Vaccination in Bombay 1889-1901 - 1889-1901
Year: 1889
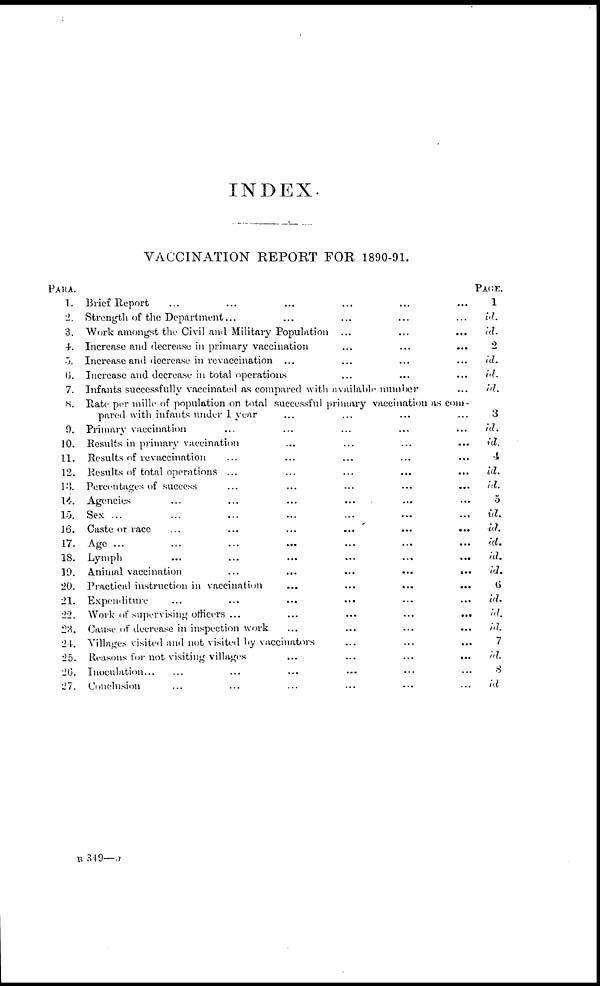
INDEX.
VACCINATION REPORT FOR 1890-91.
PARA.
1.
2
3.
4.
5.
6.
7.
8.
9.
10.
11.
12.
13.
14.
15.
16.
17.
18.
19.
20.
21.
22.
23.
24.
25.
26.
27.
Brief Report ... ... ... ... ... ...
Strength of the Department... ... ... ... ...
Work amongst the Civil and Military Population ... ... ...
Increase and decrease in primary vaccination ... ... ...
Increase and decrease in revaccination ... ... ... ...
Increase and decrease in total operations ... ... ...
Infants successfully vaccinated as compared with available number ...
Rate per mille of population on total successful primary vaccination as com-
pared with infants under 1 year ... ... ... ...
Primary vaccination ... ... ... ... ...
Results in primary vaccination ... ... ... ...
Results of revaccination ... ... ... ... ...
Results of total operations ... ... ... ... ...
Percentages of success ... ... ... ... ...
Agencies
...
...
...
... ... ...
Sex ... ... ... ... ...
Caste or race
...
...
...
...
...
...
Age ... ... ... ... ... ... ...
Lymph ... ... ... ... ... ...
Animal vaccination
...
...
...
...
...
Practical instruction in vaccination
...
...
...
...
Expenditure
...
...
...
... ... ...
Work of super vising officers ...
...
...
...
...
Cause of decrease in inspection work
...
...
...
...
Villages visited and not visited by vaccinators... ... ...
Reasons for not visiting villages
...
...
...
...
Inoculation... ... ... ... ... ... ...
Conclusion ... ... ... ... ... ... ...
PAGE.
1
id.
id.
2
id.
id.
id.
3
id.
id.
4
id.
id.
5
id.
id.
id.
id.
id.
6
id.
id.
id.
7
id.
8
id
B 349—a